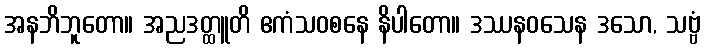
အနဘိဘူတော။ အညဒတ္ထူတိ ဧကံသဝစနေ နိပါတော။ ဒဿနဝသေန ဒသော, သဗ္ဗံ